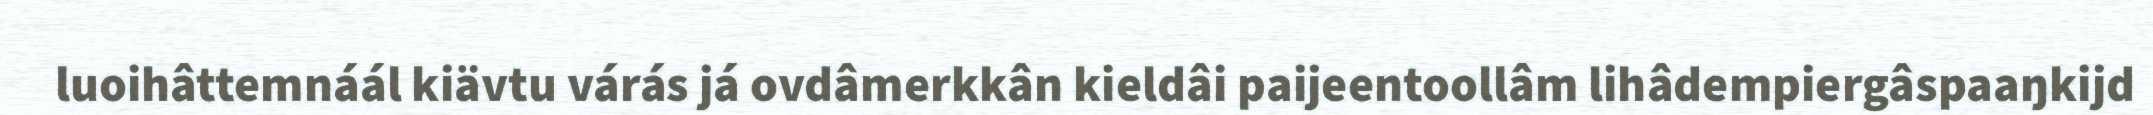
luoihâttemnáál kiävtu várás já ovdâmerkkân kieldâi paijeentoollâm lihâdempiergâspaaŋkijd